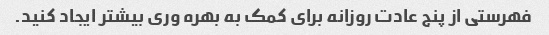
فهرستی از پنج عادت روزانه برای کمک به بهره وری بیشتر ایجاد کنید.